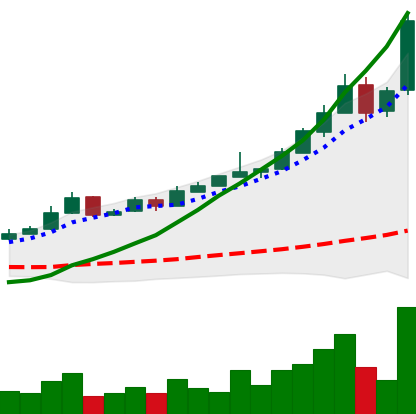
Ticker: BTC-USD
Chart end date: 2015-11-02
Forward return: 7.003%
Label: up_7plus